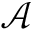
\mathcal { A }